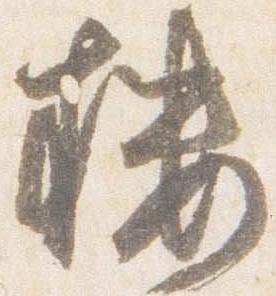
楼